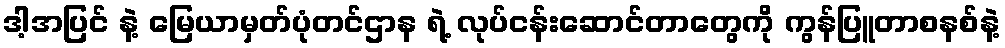
ဒါ့အပြင် နဲ့ မြေယာမှတ်ပုံတင်ဌာန ရဲ့ လုပ်ငန်းဆောင်တာတွေကို ကွန်ပြူတာစနစ်နဲ့